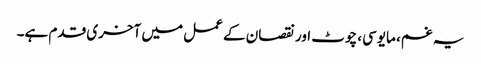
یہ غم، مایوسی، چوٹ اور نقصان کے عمل میں آخری قدم ہے۔